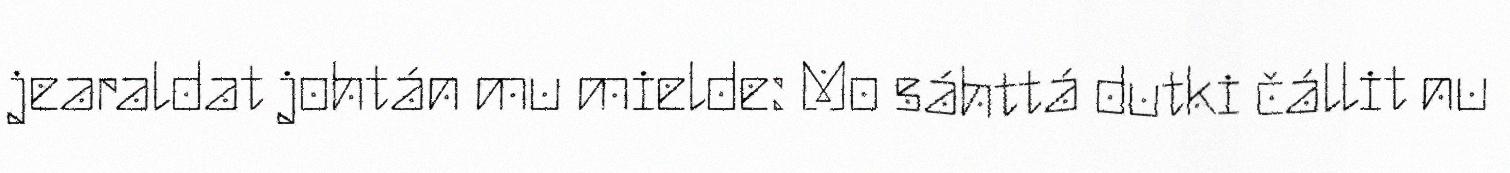
jearaldat johtán mu mielde: Mo sáhttá dutki čállit nu